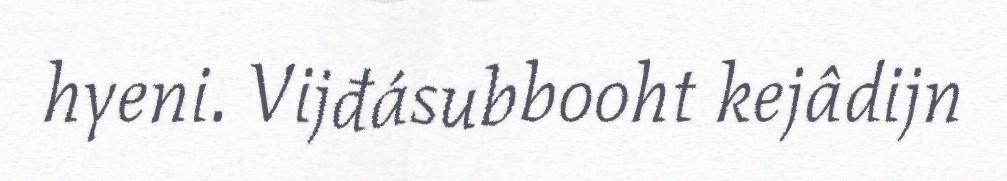
hyeni. Vijđásubbooht kejâdijn